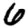
Digit: 6